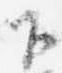
下